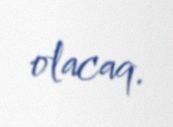
olacaq.